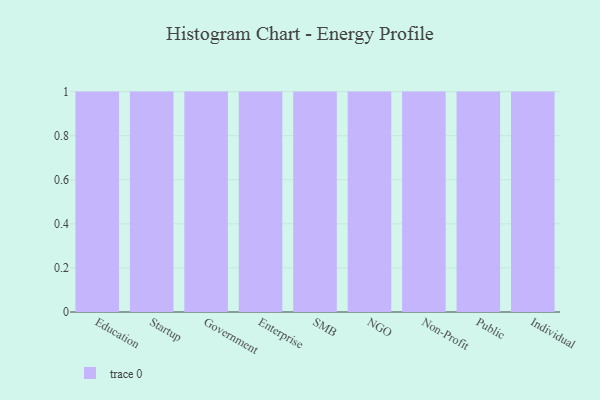
{"axis": {"x": "Segment", "y": "Gross Profit (USD K)"}, "legend": [""], "data": [{"x": "Education", "y": 46, "type": ""}, {"x": "Startup", "y": 83, "type": ""}, {"x": "Government", "y": 80, "type": ""}, {"x": "Enterprise", "y": 34, "type": ""}, {"x": "SMB", "y": 41, "type": ""}, {"x": "NGO", "y": 33, "type": ""}, {"x": "Non-Profit", "y": 80, "type": ""}, {"x": "Public", "y": 5, "type": ""}, {"x": "Individual", "y": 49, "type": ""}]}